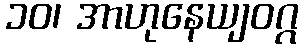
၁၀၊ အာဟုနေယျဝဂ္ဂ